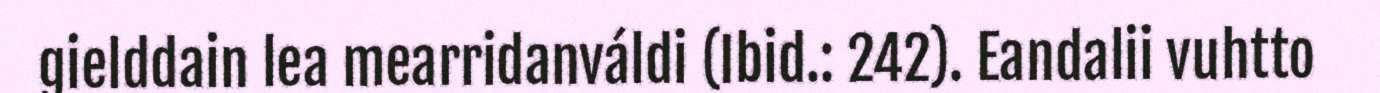
gielddain lea mearridanváldi (Ibid.: 242). Eandalii vuhtto